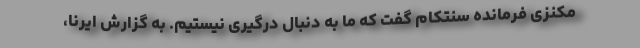
مکنزی فرمانده سنتکام گفت که ما به دنبال درگیری نیستیم. به گزارش ایرنا،